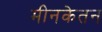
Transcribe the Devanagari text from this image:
मीनकेतन